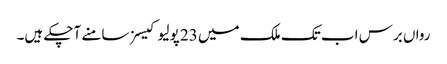
رواں برس اب تک ملک میں 23 پولیو کیسز سامنے آچکے ہیں۔